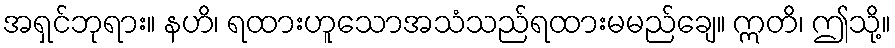
အရှင်ဘုရား။ နဟိ၊ ရထားဟူသောအသံသည်ရထားမမည်ချေ။ ဣတိ၊ ဤသို့။